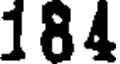
184